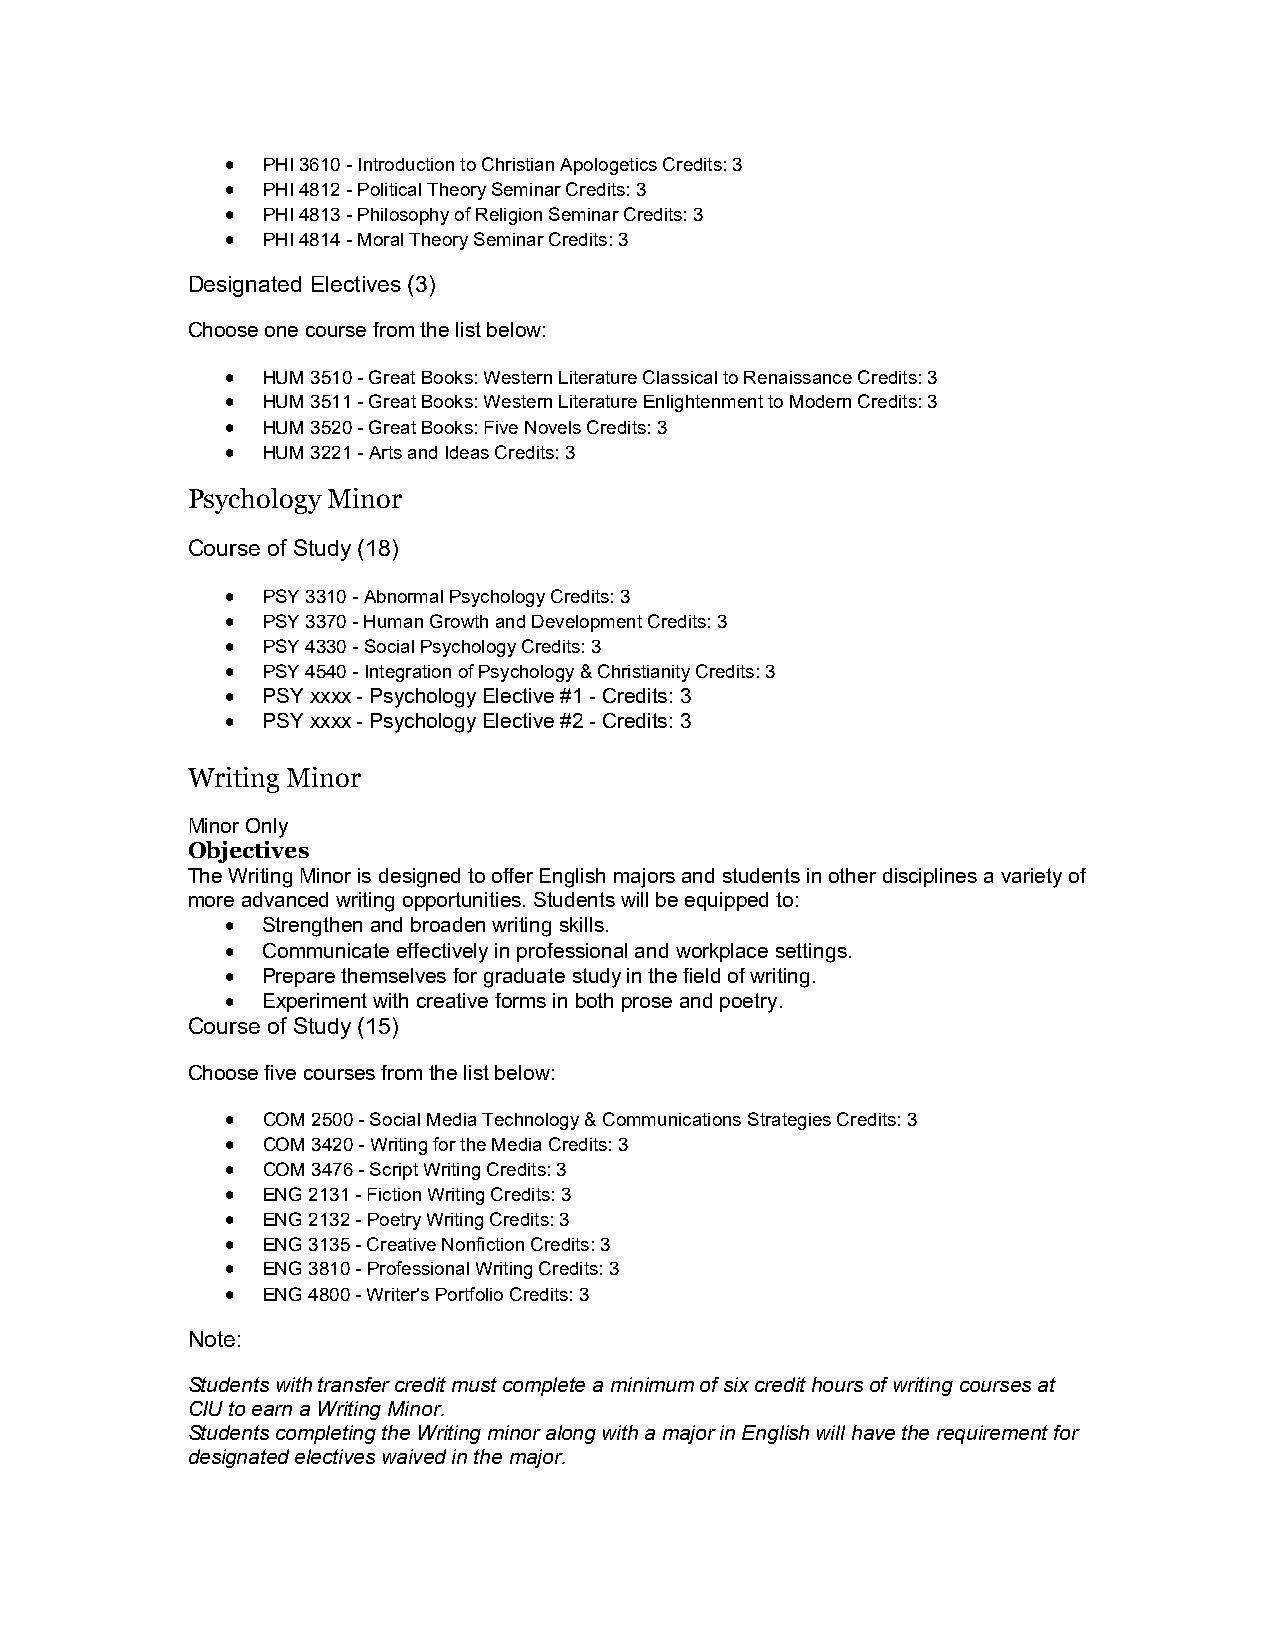
 PHI 3610 - Introduction to Christian Apologetics Credits: 3
  PHI 4812 - Political Theory Seminar Credits: 3
  PHI 4813 - Philosophy of Religion Seminar Credits: 3
  PHI 4814 - Moral Theory Seminar Credits: 3
 Designated Electives (3)
 Choose one course from the list below:
  HUM 3510 - Great Books: Western Literature Classical to Renaissance Credits: 3
  HUM 3511 - Great Books: Western Literature Enlightenment to Modern Credits: 3
  HUM 3520 - Great Books: Five Novels Credits: 3
  HUM 3221 - Arts and Ideas Credits: 3
 Psychology Minor
 Course of Study (18)
  PSY 3310 - Abnormal Psychology Credits: 3
  PSY 3370 - Human Growth and Development Credits: 3
  PSY 4330 - Social Psychology Credits: 3
  PSY 4540 - Integration of Psychology & Christianity Credits: 3
  PSY xxxx - Psychology Elective #1 - Credits: 3
  PSY xxxx - Psychology Elective #2 - Credits: 3
 Writing Minor
 Minor Only
 Objectives
 The Writing Minor is designed to offer English majors and students in other disciplines a variety of
 more advanced writing opportunities. Students will be equipped to:
  Strengthen and broaden writing skills.
  Communicate effectively in professional and workplace settings.
  Prepare themselves for graduate study in the field of writing.
  Experiment with creative forms in both prose and poetry.
 Course of Study (15)
 Choose five courses from the list below:
  COM 2500 - Social Media Technology & Communications Strategies Credits: 3
  COM 3420 - Writing for the Media Credits: 3
  COM 3476 - Script Writing Credits: 3
  ENG 2131 - Fiction Writing Credits: 3
  ENG 2132 - Poetry Writing Credits: 3
  ENG 3135 - Creative Nonfiction Credits: 3
  ENG 3810 - Professional Writing Credits: 3
  ENG 4800 - Writer's Portfolio Credits: 3
 Note:
 Students with transfer credit must complete a minimum of six credit hours of writing courses at
 CIU to earn a Writing Minor.
 Students completing the Writing minor along with a major in English will have the requirement for
 designated electives waived in the major.